Sleeping sickness
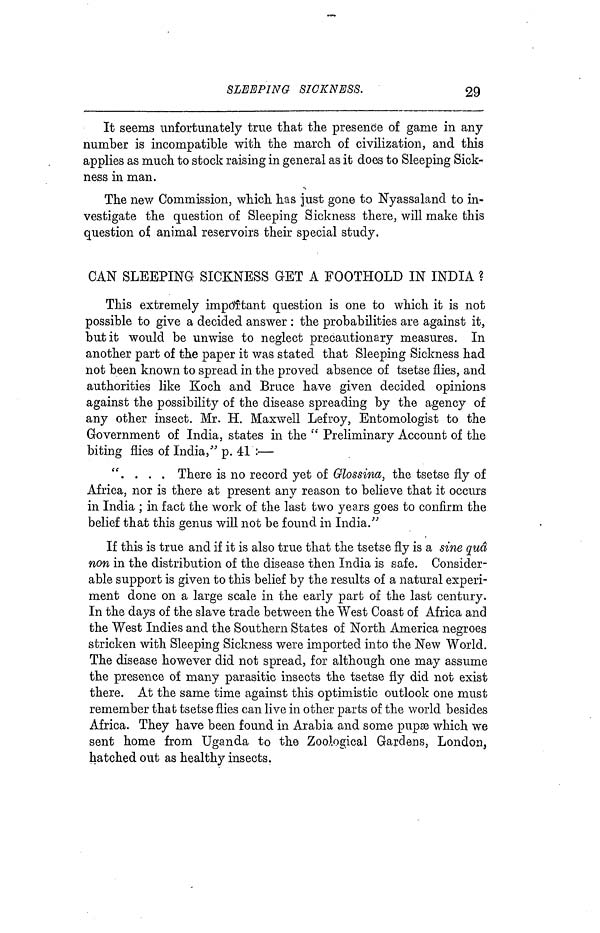
SLEEPING SICKNESS.
29
It seems unfortunately true that the presence of game in any
number is incompatible with the march of civilization, and this
applies as much to stock raising in general as it does to Sleeping Sick-
ness in man.
The new Commission, which has just gone to Nyassaland to in-
vestigate the question of Sleeping Sickness there, will make this
question of animal reservoirs their special study.
CAN SLEEPING SICKNESS GET A FOOTHOLD IN INDIA ?
This extremely important question is one to which it is not
possible to give a decided answer : the probabilities are against it,
but it would be unwise to neglect precautionary measures. In
another part of the paper it was stated that Sleeping Sickness had
not been known to spread in the proved absence of tsetse flies, and
authorities like Koch and Bruce have given decided opinions
against the possibility of the disease spreading by the agency of
any other insect. Mr. H. Maxwell Lefroy, Entomologist to the
Government of India, states in the " Preliminary Account of the
biting flies of India," p. 41 :—
". . . . There is no record yet of Glossina, the tsetse fly of
Africa, nor is there at present any reason to believe that it occurs
in India ; in fact the work of the last two years goes to confirm the
belief that this genus will not be found in India."
If this is true and if it is also true that the tsetse fly is a sine quâ
non in the distribution of the disease then India is safe. Consider-
able support is given to this belief by the results of a natural experi-
ment done on a large scale in the early part of the last century.
In the days of the slave trade between the West Coast of Africa and
the West Indies and the Southern States of North America negroes
stricken with Sleeping Sickness were imported into the New World.
The disease however did not spread, for although one may assume
the presence of many parasitic insects the tsetse fly did not exist
there. At the same time against this optimistic outlook one must
remember that tsetse flies can live in other parts of the world besides
Africa. They have been found in Arabia and some pupæ which we
sent home from Uganda to the Zoological Gardens, London,
hatched out as healthy insects.